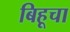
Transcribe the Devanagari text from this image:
बिहूचा